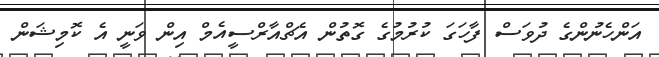
އަންހެނުންގެ ދުވަސް ފާހަގަ ކުރުމުގެ ގޮތުން އެޗްއާރްސީއެމް އިން ވަނީ އެ ކޮމިޝަން